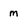
Character: m